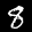
Label: 8